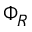
\Phi _ { R }